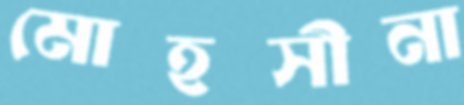
মোহসীনা